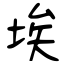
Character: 埃